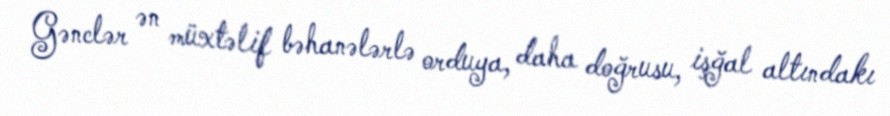
Gənclər ən müxtəlif bəhanələrlə orduya, daha doğrusu, işğal altındakı